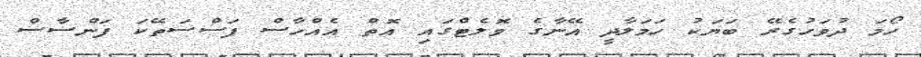
ހޯމަ ދުވަހުގެރޭ ބަޔަކު ހަމަލާދީ އޭނާގެ ވޮލެޓްގައި އޮތް އެއްހާސް ފަސްސަތޭކަ ފަންސާސް